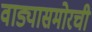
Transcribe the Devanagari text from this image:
वाड्यासमोरची